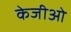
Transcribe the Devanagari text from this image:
केजीओ